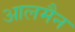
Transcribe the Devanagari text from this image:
आलमैन